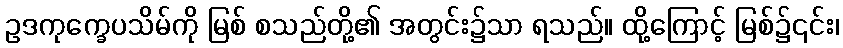
ဥဒကုက္ခေပသိမ်ကို မြစ် စသည်တို့၏ အတွင်း၌သာ ရသည်။ ထို့ကြောင့် မြစ်၌၎င်း၊